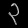
Digit: ၃